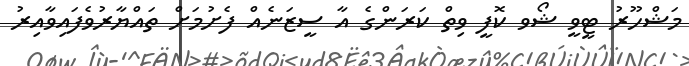
މަޝްހޫރު ޓީވީ ޝޯވ ކޮފީ ވިތް ކަރަންގެ އާ ސީޒަނެއް ފެށުމަށް ތައްޔާރުވެފައިވާއިރު